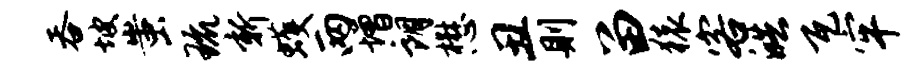
吞坡蚩琉新蠖两增朗懋丑则留猿客皓瓦牢